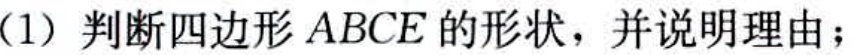
(1) 判断四边形 \(ABCE\) 的形状，并说明理由；